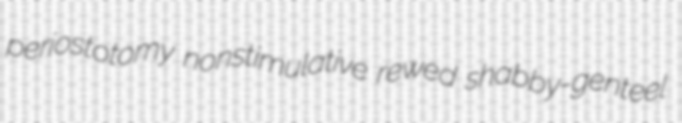
periostotomy nonstimulative rewed shabby-genteel